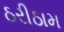
ઠરીઠામ